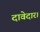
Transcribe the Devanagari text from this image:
दावेदार।